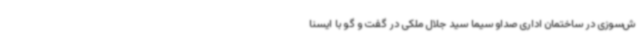
ش‌سوزی در ساختمان اداری صداو سیما سید جلال ملکی در گفت و گو با ایسنا